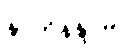
နာဘိနန္ဒာမိ